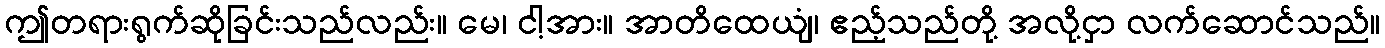
ဤတရားရွက်ဆိုခြင်းသည်လည်း။ မေ၊ ငါ့အား။ အာတိထေယျံ၊ ဧည့်သည်တို့ အလို့ငှာ လက်ဆောင်သည်။